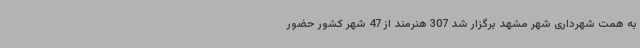
به همت شهرداری شهر مشهد برگزار شد 307 هنرمند از 47 شهر کشور حضور